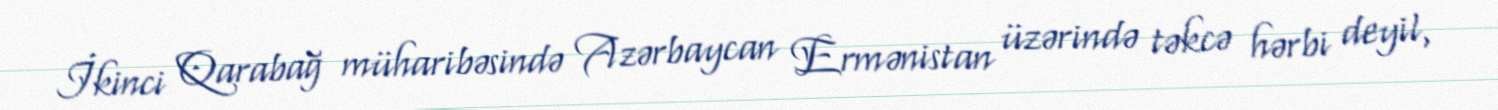
İkinci Qarabağ müharibəsində Azərbaycan Ermənistan üzərində təkcə hərbi deyil,